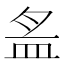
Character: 𱲏